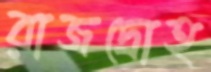
রাজদ্রোহ